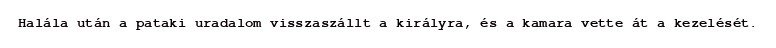
Halála után a pataki uradalom visszaszállt a királyra, és a kamara vette át a kezelését.